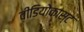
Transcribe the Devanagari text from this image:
वीडियोकास्ट